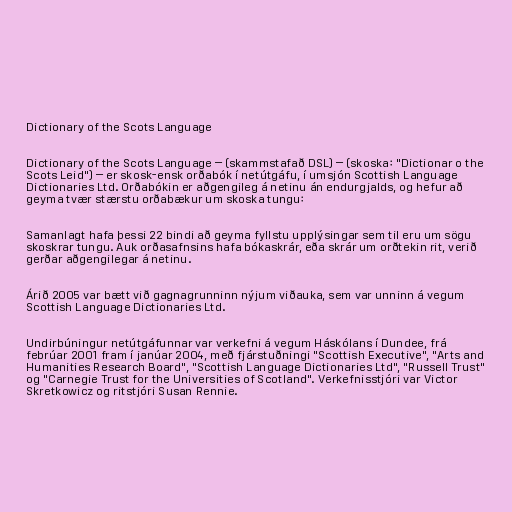
Dictionary of the Scots Language

Dictionary of the Scots Language – (skammstafað DSL) – (skoska: "Dictionar o the
Scots Leid") – er skosk-ensk orðabók í netútgáfu, í umsjón Scottish Language
Dictionaries Ltd. Orðabókin er aðgengileg á netinu án endurgjalds, og hefur að
geyma tvær stærstu orðabækur um skoska tungu:

Samanlagt hafa þessi 22 bindi að geyma fyllstu upplýsingar sem til eru um sögu
skoskrar tungu. Auk orðasafnsins hafa bókaskrár, eða skrár um orðtekin rit, verið
gerðar aðgengilegar á netinu.

Árið 2005 var bætt við gagnagrunninn nýjum viðauka, sem var unninn á vegum
Scottish Language Dictionaries Ltd.

Undirbúningur netútgáfunnar var verkefni á vegum Háskólans í Dundee, frá
febrúar 2001 fram í janúar 2004, með fjárstuðningi "Scottish Executive", "Arts and
Humanities Research Board", "Scottish Language Dictionaries Ltd", "Russell Trust"
og "Carnegie Trust for the Universities of Scotland". Verkefnisstjóri var Victor
Skretkowicz og ritstjóri Susan Rennie.